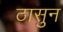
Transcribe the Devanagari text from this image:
ठासुन